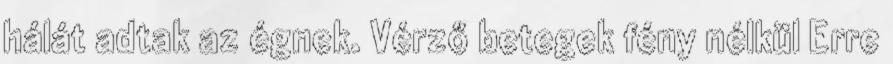
hálát adtak az égnek. Vérző betegek fény nélkül Erre